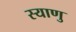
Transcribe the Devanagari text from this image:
स्याणु